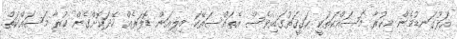
އަޅުގަނޑުމެން މިކުރާ މަސައްކަތަކީ ޙަޤީޤަތުގައިވެސް އެތައްސަތޭކަ މިލިއަން ޑޮލަރެއް ހޭދަކޮށްގެން ކުރާ މަސައްކަތް.